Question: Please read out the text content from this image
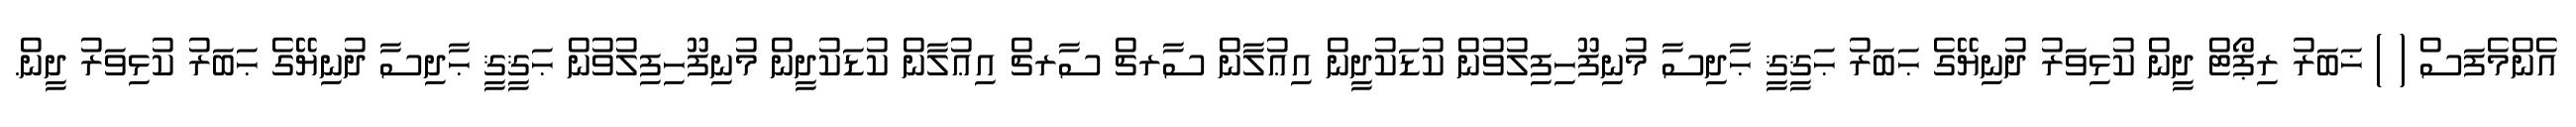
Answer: އެންމެފަސް ( ) ޚަބަރު ރިޕޯޓް ދީން ކުޅިވަރު ދުނިޔޭގެ ޙަބަރު ޙަޤީޤީ ޙާދިސާ މުނިފޫހިފިލުވުން ކުޑަކުދީން އިޢުލާން ސާރޗް ސާރޗް އިޢުލާން ކުޑަކުދީން މުނިފޫހިފިލުވުން ޙަޤީޤީ ޙާދިސާ ދުނިޔޭގެ ޙަބަރު ކުޅިވަރު ދީން.